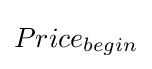
Price_{begin}